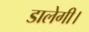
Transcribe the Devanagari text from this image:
डालेगी।